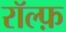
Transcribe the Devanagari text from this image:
रॉल्फ़